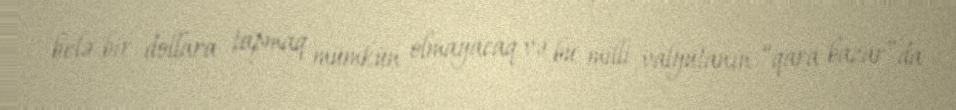
belə bir dollara tapmaq mümkün olmayacaq və bu milli valyutanın “qara bazar”da